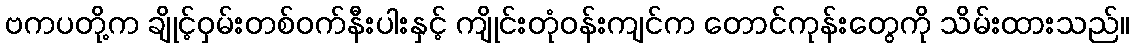
ဗကပတို့က ချိုင့်ဝှမ်းတစ်ဝက်နီးပါးနှင့် ကျိုင်းတုံဝန်းကျင်က တောင်ကုန်းတွေကို သိမ်းထားသည်။